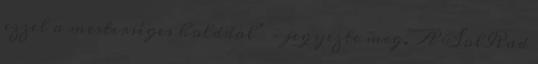
ezzel a mesterséges holddal” – jegyezte meg. A SolRad